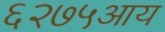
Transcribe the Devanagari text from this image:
६२७५आय